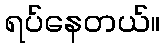
ရပ်နေတယ်။